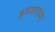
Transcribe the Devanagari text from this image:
हम्जनामा